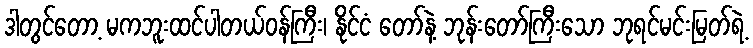
ဒါတွင်တော့ မကဘူးထင်ပါတယ်ဝန်ကြီး၊ နိုင်ငံ တော်နဲ့ ဘုန်းတော်ကြီးသော ဘုရင်မင်းမြတ်ရဲ့